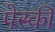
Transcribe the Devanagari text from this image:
पेस्की